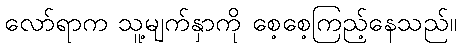
လော်ရာက သူ့မျက်နှာကို စေ့စေ့ကြည့်နေသည်။